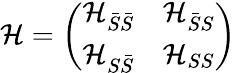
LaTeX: \mathcal{H}=\left(\begin{array}{ll}{\mathcal{H}_{\bar{S}\bar{S}}}&{\mathcal{H}_{\bar{S}S}}\\ {\mathcal{H}_{S\bar{S}}}&{\mathcal{H}_{SS}}\end{array}\right)